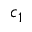
c _ { 1 }